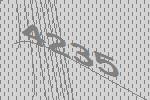
4235